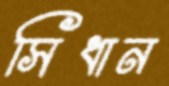
সিধান